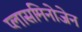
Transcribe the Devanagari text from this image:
प्लासमिनोजेन